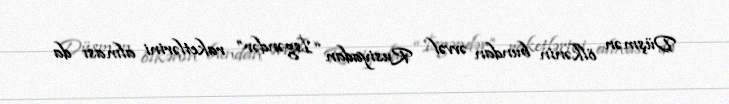
Düşmən ölkənin bundan əvvəl Rusiyadan “İsgəndər” raketlərini alması da